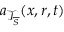
\boldsymbol { a } _ { \mathcal { T } _ { \overline { { S } } } } ( \boldsymbol { x } , \boldsymbol { r } , t )